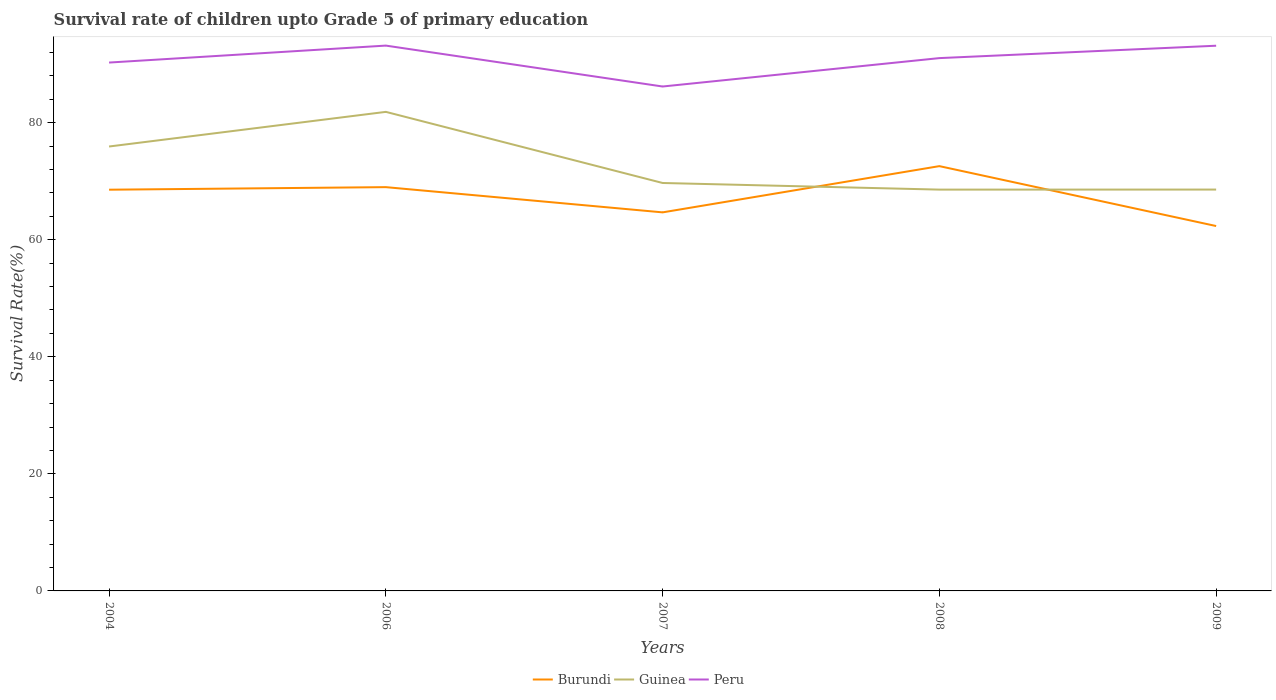
| Years | Burundi | Guinea | Peru |
 | --- | --- | --- | --- |
 | 2004 | 68.6 | 75.9 | 90.3 |
 | 2006 | 69 | 81.9 | 93.2 |
 | 2007 | 64.7 | 69.7 | 86.2 |
 | 2008 | 72.6 | 68.6 | 91 |
 | 2009 | 62.3 | 68.6 | 93.2 |